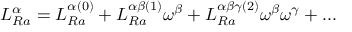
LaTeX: L _ { R a } ^ { \alpha } = L _ { R a } ^ { \alpha ( 0 ) } + L _ { R a } ^ { \alpha \beta ( 1 ) } \omega ^ { \beta } + L _ { R a } ^ { \alpha \beta \gamma ( 2 ) } \omega ^ { \beta } \omega ^ { \gamma } + . . .